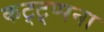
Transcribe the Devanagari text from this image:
कट्ट्प्पना